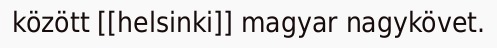
között [[helsinki]] magyar nagykövet.